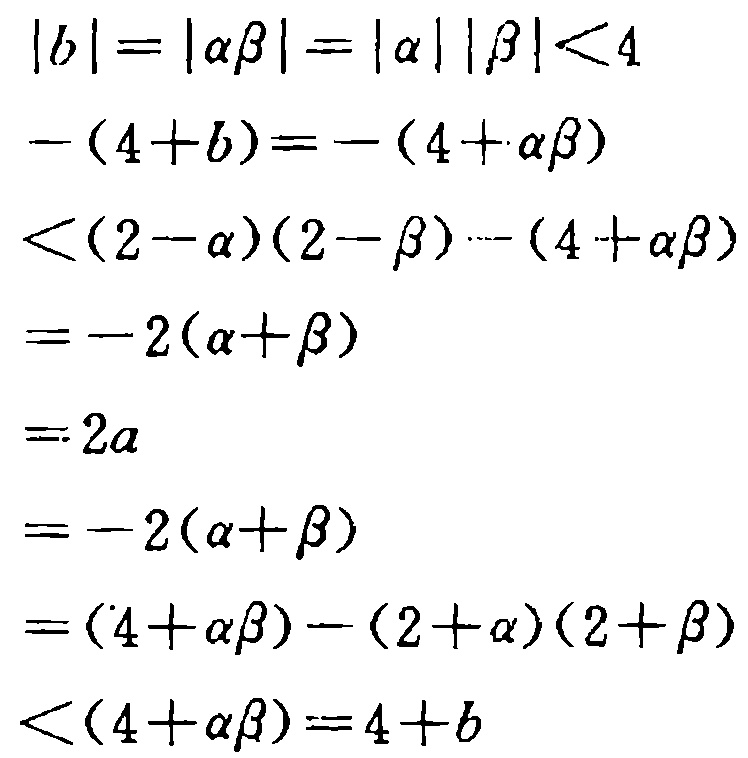
\[
\begin{align*}
|b|&=|\alpha\beta| = |\alpha||\beta|<4\\
-(4 + b)&=-(4+\alpha\beta)\\
&<(2 - \alpha)(2 - \beta)-(4+\alpha\beta)\\
&=-2(\alpha+\beta)\\
&=2a\\
&=-2(\alpha+\beta)\\
&=(4+\alpha\beta)-(2+\alpha)(2+\beta)\\
&<(4+\alpha\beta)=4 + b
\end{align*}
\]